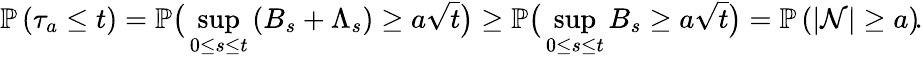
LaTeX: \mathbb{P}\left(\tau_{a}\le t\right)=\mathbb{P}\big(\operatorname*{sup}_{0\le s\le t}\left(B_{s}+\Lambda_{s}\right)\ge a\sqrt{t}\big)\ge\mathbb{P}\big(\operatorname*{sup}_{0\le s\le t}B_{s}\ge a\sqrt{t}\big)=\mathbb{P}\left(\left|\mathcal{N}\right|\ge a\right)\! .